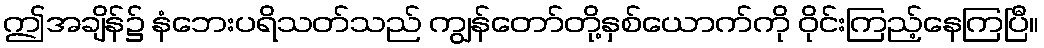
ဤအချိန်၌ နံဘေးပရိသတ်သည် ကျွန်တော်တို့နှစ်ယောက်ကို ဝိုင်းကြည့်နေကြပြီ။